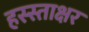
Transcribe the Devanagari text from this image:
हस्स्ताक्षर